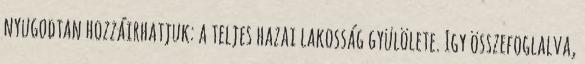
nyugodtan hozzáirhatjuk: a teljes hazai lakosság gyülölete. Igy összefoglalva,